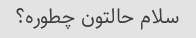
سلام حالتون چطوره؟